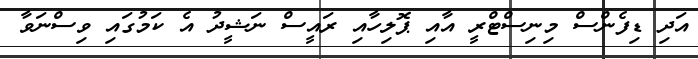
އަދި ޑިފެންސް މިނިސްޓްރީ އާއި ޕޮލިހާއި ރައީސް ނަޝީދު އެ ކަމުގައި ވިސްނަވާ